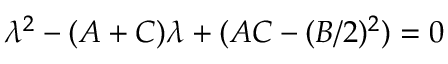
\lambda ^ { 2 } - ( A + C ) \lambda + ( A C - ( B / 2 ) ^ { 2 } ) = 0